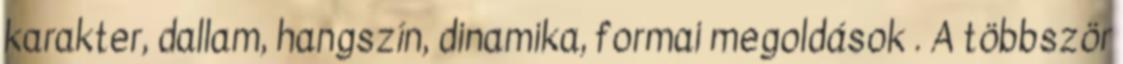
karakter, dallam, hangszín, dinamika, formai megoldások . A többször